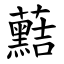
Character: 䕸